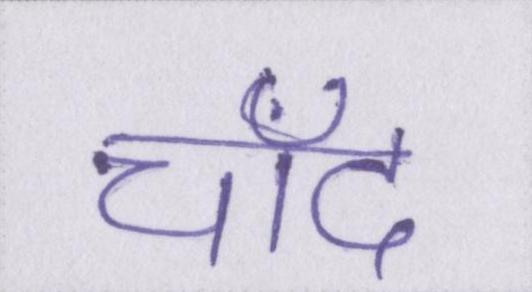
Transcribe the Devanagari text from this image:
चाँद